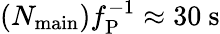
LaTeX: (N_{\mathrm{main}})f_{\mathrm{P}}^{-1}\approx 30~\mathrm{s}